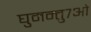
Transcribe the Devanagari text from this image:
घुमन्तु७ओं